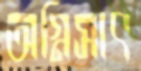
অগ্নিসাৎ